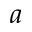
a